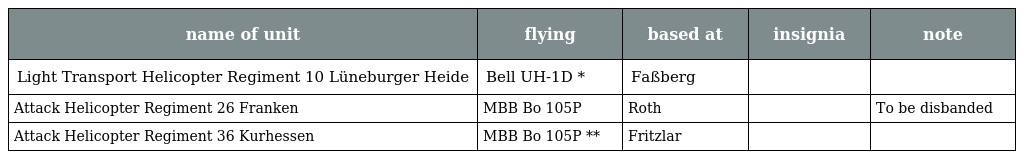
| name of unit | flying | based at | insignia | note |
 | --- | --- | --- | --- | --- |
 | Light Transport Helicopter Regiment 10 Lüneburger Heide | Bell UH-1D * | Faßberg |  |  |
 | Attack Helicopter Regiment 26 Franken | MBB Bo 105P | Roth |  | To be disbanded |
 | Attack Helicopter Regiment 36 Kurhessen | MBB Bo 105P ** | Fritzlar |  |  |